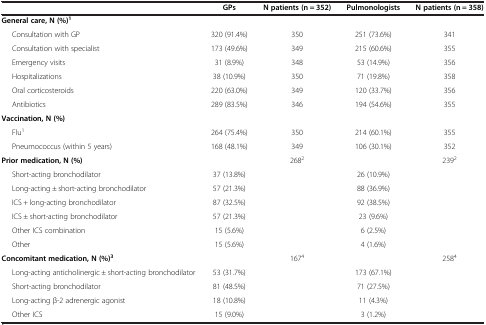
|  | GPs | N patients (n = 352) | Pulmonologists | N patients (n = 358) |
 | --- | --- | --- | --- | --- |
 | General care, N (%)1 |  |  |  |  |
 | Consultation with GP | 320 (91.4%) | 350 | 251 (73.6%) | 341 |
 | Consultation with specialist | 173 (49.6%) | 349 | 215 (60.6%) | 355 |
 | Emergency visits | 31 (8.9%) | 348 | 53 (14.9%) | 356 |
 | Hospitalizations | 38 (10.9%) | 350 | 71 (19.8%) | 358 |
 | Oral corticosteroids | 220 (63.0%) | 349 | 120 (33.7%) | 356 |
 | Antibiotics | 289 (83.5%) | 346 | 194 (54.6%) | 355 |
 | Vaccination, N (%) |  |  |  |  |
 | Flu1 | 264 (75.4%) | 350 | 214 (60.1%) | 355 |
 | Pneumococcus (within 5 years) | 168 (48.1%) | 349 | 106 (30.1%) | 352 |
 | Prior medication, N (%) |  | 2682 |  | 2392 |
 | Short-acting bronchodilator | 37 (13.8%) |  | 26 (10.9%) |  |
 | Long-acting ± short-acting bronchodilator | 57 (21.3%) |  | 88 (36.9%) |  |
 | ICS + long-acting bronchodilator | 87 (32.5%) |  | 92 (38.5%) |  |
 | ICS ± short-acting bronchodilator | 57 (21.3%) |  | 23 (9.6%) |  |
 | Other ICS combination | 15 (5.6%) |  | 6 (2.5%) |  |
 | Other | 15 (5.6%) |  | 4 (1.6%) |  |
 | Concomitant medication, N (%)3 |  | 1674 |  | 2584 |
 | Long-acting anticholinergic ± short-acting bronchodilator | 53 (31.7%) |  | 173 (67.1%) |  |
 | Short-acting bronchodilator | 81 (48.5%) |  | 71 (27.5%) |  |
 | Long-acting β-2 adrenergic agonist | 18 (10.8%) |  | 11 (4.3%) |  |
 | Other ICS | 15 (9.0%) |  | 3 (1.2%) |  |